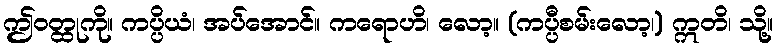
ဤဝတ္ထုကို။ ကပ္ပိယံ၊ အပ်အောင်။ ကရောဟိ၊ လော့။ (ကပ္ပီစမ်းလော့၊) ဣတိ၊ သို့။